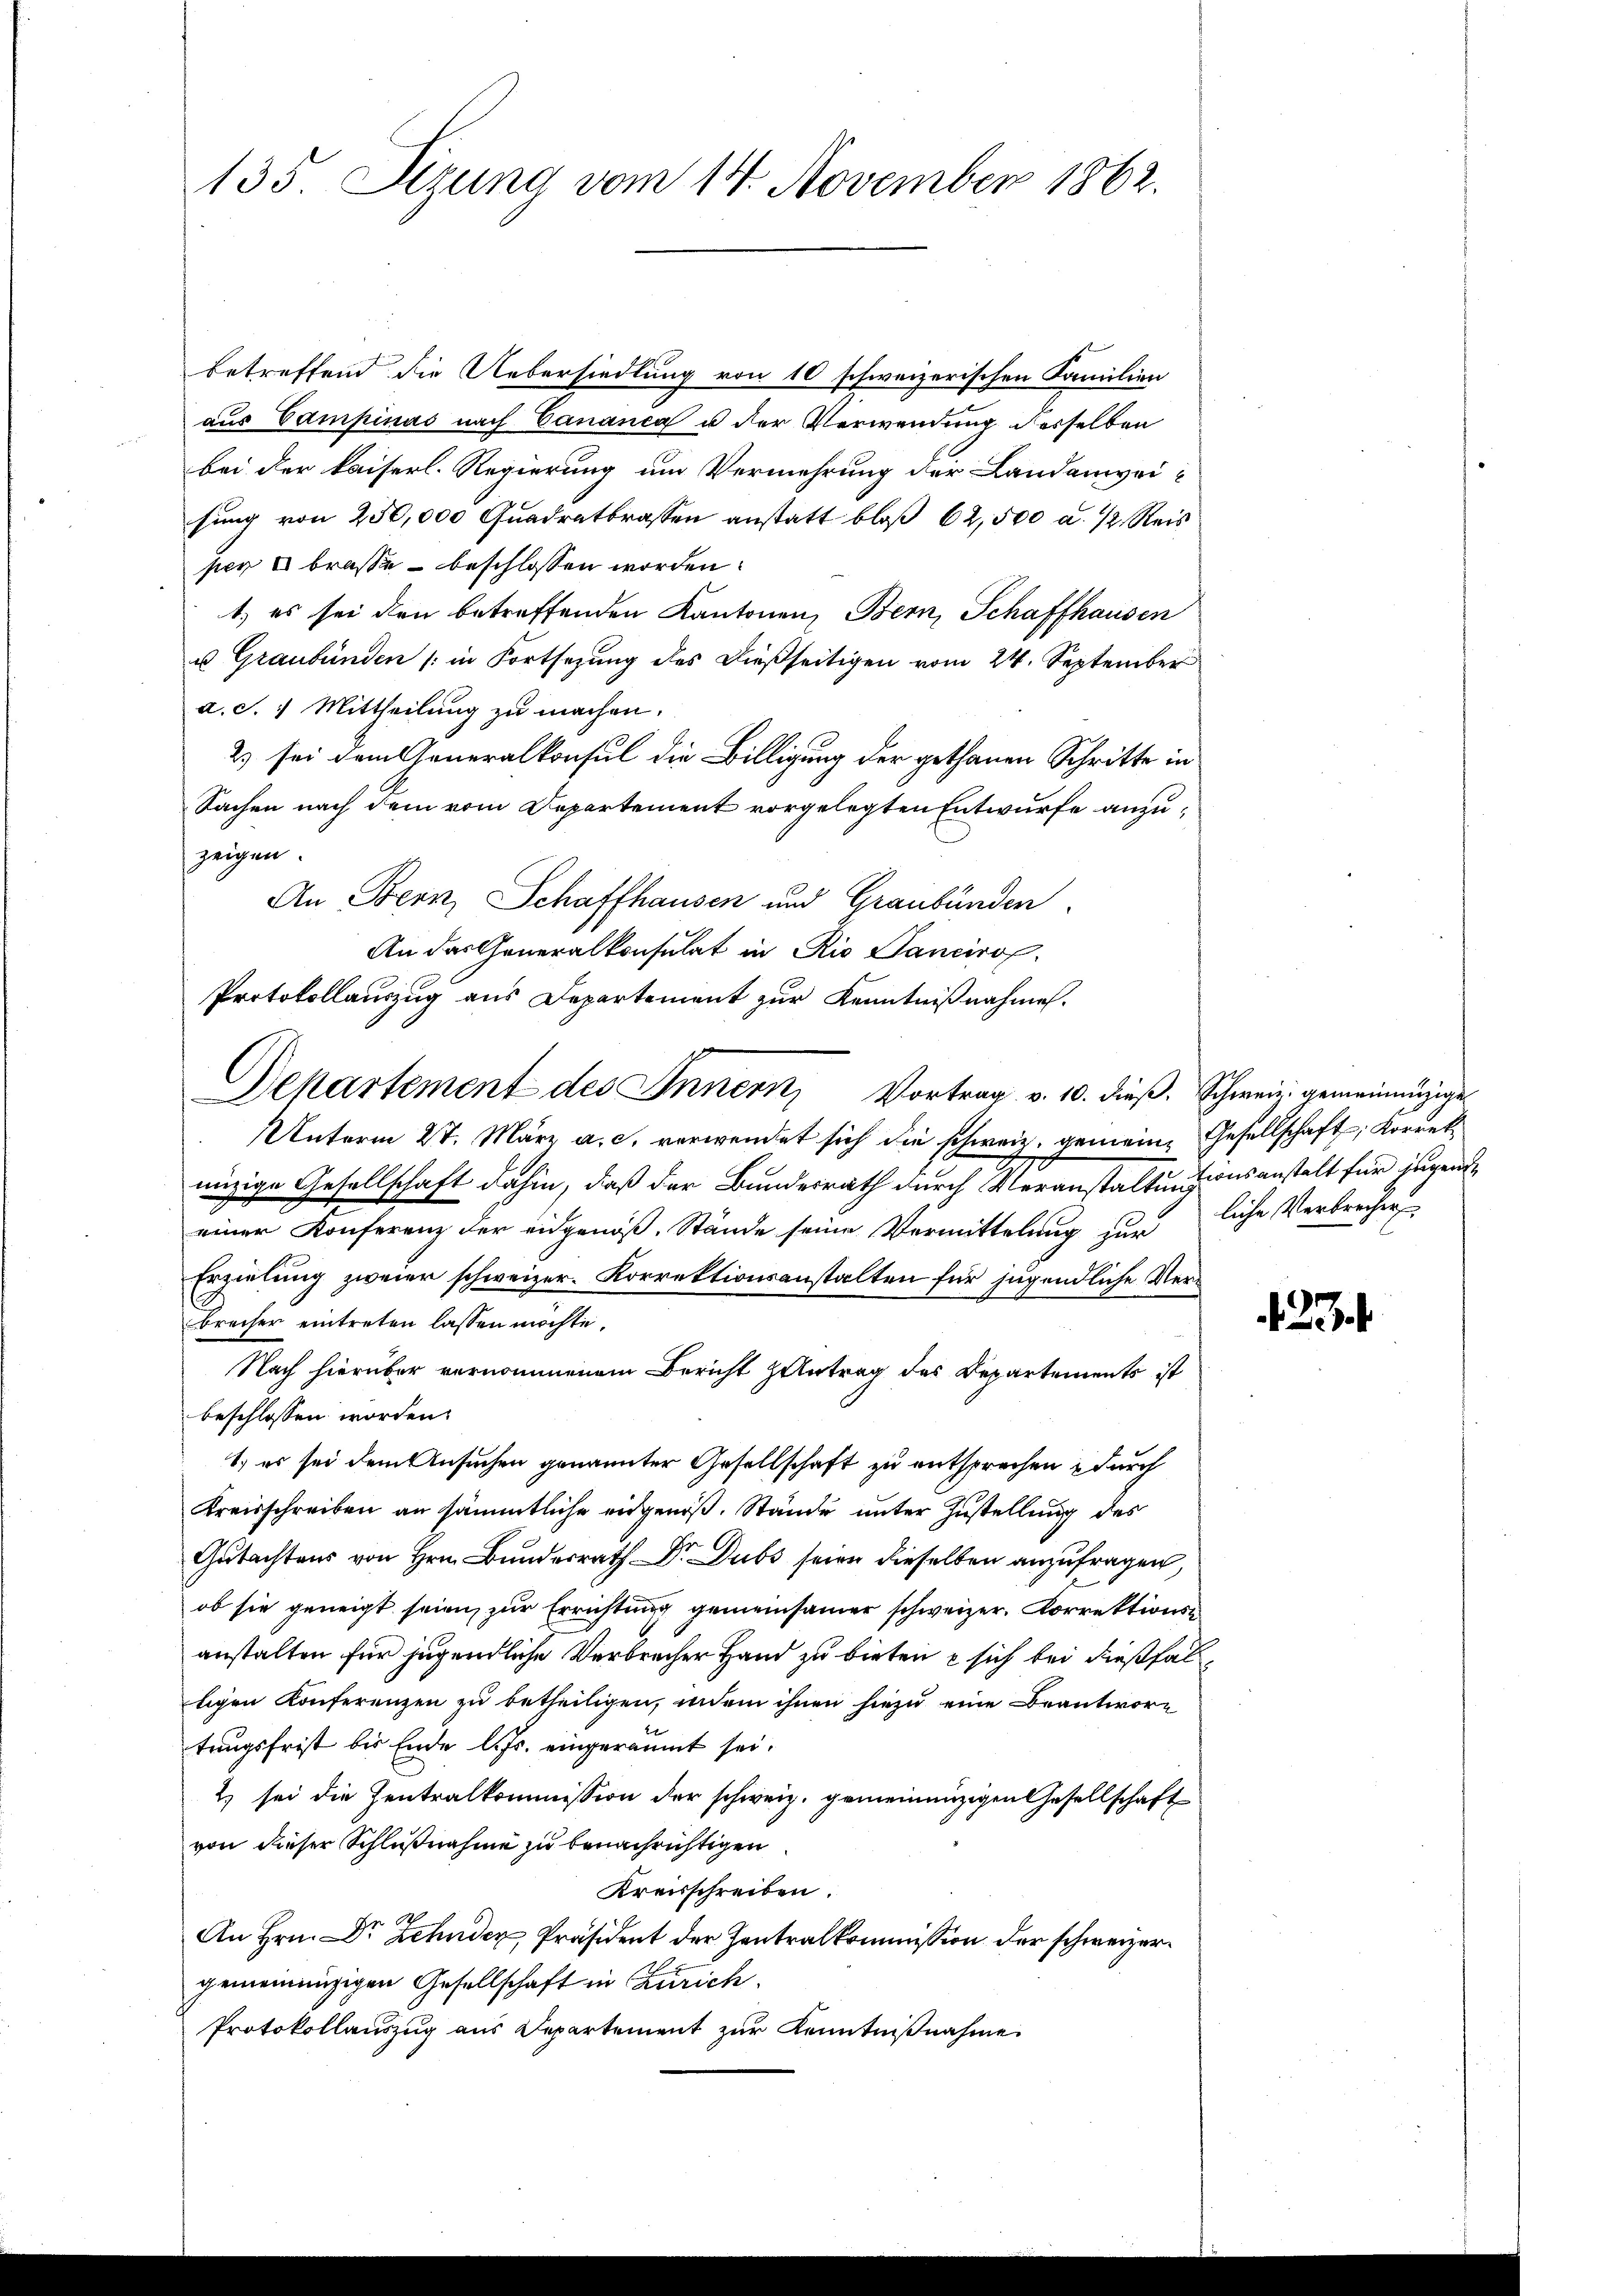
135. Sizung vom 14. November 1862.

betreffend die Uebersiedlung von 10 schweizerischen Familien
aus Campinas nach Bananca u der Verwendung desselben
bei der kaiserl. Regierung um Vermehrung der Landanweisung von 250,000 Quadrattrassen anstatt bloß 62, 500 a. 12 Reis
pey  brasse beschlossen worden.
1) es sei den betreffenden Kantonen, Bern, Schaffhausen
u Graubünden (in Fortsezung des dießseitigen vom 24. September
a. S. 1 Mittheilung zu machen.
2) sei dem Generalkonsul die Billigung der gethanen Schritte in
Sachen nach dem vom Departement vorgelegten Entwurfe anzuzeigen.
An Bern, Schaffhausen und Graubünden.
An das Generalkonsulat in Rio Sancirof.
Protokollauszug aus Departement zur Kenntnißnahmen.
Unterm 27. März a. c. verwendet sich die schweiz. gemeine Gesellschaft, Korrek
unzige Gesellschaft dahin, daß der Bundesrath durch Veranstaltungensanstalt für jugende
einer Konferenz der eidgenöß. Stände seine Vermittelung zur liche Verbrecher
Erzielung zweier schweizer. Korrektionsanstalten für jugendliche Verbrecher eintreten lassen möchte.
Nach hierüber vernommenem Bericht zutrag des Departements ist
beschlossen worden.
1) es sei dem Ansuchen genannter Gesellschaft zu entsprechen durch
Kreisschreiben an sämmtliche eidgenoß. Stände unter Zustellung des
Gutachtens von Hrn. Bundesrath Dr. Dubs seien dieselben anzufragen,
ob sie geneigt seien zur Errichtung gemeinsamer schweizer. Correktions
anstalten für jugendliche Verbrecher Hand zu bieten  sich bei dießfall
ligen Konferenzen zu betheiligen, indem ihnen hiezu eine Beantwortrugsfrist bis Ende l. Js. eingeräumt sei.
2) sei die Zentralkommission der schweiz. gemeinanzigen Gesellschaft
von dieser Schlußnahme zu benachrichtigen
Kreisschreiben.
g
An Hrn. Dr Zehnder Präsident der Hantralkommission der schweizergemeinengigen Gesellschaft in Zürich.
Protokollauszug aus Departement zur Kenntnißnahme.

Dekartement des Innern, Vortrag v. 10. dieß. Schweiz. gemeinanzige

234.